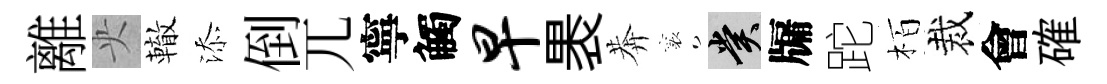
離央轍添倒兀寧觸早褁莾襄賞牖跎栢裁會確